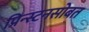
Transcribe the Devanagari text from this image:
प्रिन्स्टनसोबत